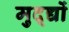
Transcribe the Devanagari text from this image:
मुद्द्यों